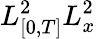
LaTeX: L_{[0,T]}^{2}L_{x}^{2}